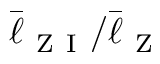
\bar { \ell } _ { \mathrm { ~ Z ~ I ~ } } / \bar { \ell } _ { \mathrm { ~ Z ~ } }